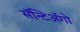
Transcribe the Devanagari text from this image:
सॅन्टिॲगो